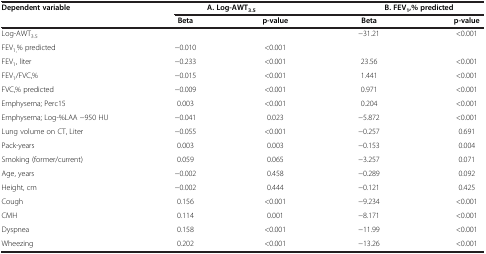
<table><thead><tr><td rowspan="2"><b>Dependent variable</b></td><td colspan="2"><b>A. Log-AWT<sub>3.5</sub></b></td><td colspan="2"><b>B. FEV<sub>1</sub>,% predicted</b></td></tr><tr><td><b>Beta</b></td><td><b>p-value</b></td><td><b>Beta</b></td><td><b>p-value</b></td></tr></thead><tbody><tr><td>Log-AWT<sub>3.5</sub></td><td> </td><td> </td><td>−31.21</td><td>&lt;0.001</td></tr><tr><td>FEV<sub>1,</sub>% predicted</td><td>−0.010</td><td>&lt;0.001</td><td> </td><td> </td></tr><tr><td>FEV<sub>1</sub>, liter</td><td>−0.233</td><td>&lt;0.001</td><td>23.56</td><td>&lt;0.001</td></tr><tr><td>FEV<sub>1</sub>/FVC,%</td><td>−0.015</td><td>&lt;0.001</td><td>1.441</td><td>&lt;0.001</td></tr><tr><td>FVC,% predicted</td><td>−0.009</td><td>&lt;0.001</td><td>0.971</td><td>&lt;0.001</td></tr><tr><td>Emphysema; Perc15</td><td>0.003</td><td>&lt;0.001</td><td>0.204</td><td>&lt;0.001</td></tr><tr><td>Emphysema; Log-%LAA −950 HU</td><td>−0.041</td><td>0.023</td><td>−5.872</td><td>&lt;0.001</td></tr><tr><td>Lung volume on CT, Liter</td><td>−0.055</td><td>&lt;0.001</td><td>−0.257</td><td>0.691</td></tr><tr><td>Pack-years</td><td>0.003</td><td>0.003</td><td>−0.153</td><td>0.004</td></tr><tr><td>Smoking (former/current)</td><td>0.059</td><td>0.065</td><td>−3.257</td><td>0.071</td></tr><tr><td>Age, years</td><td>−0.002</td><td>0.458</td><td>−0.289</td><td>0.092</td></tr><tr><td>Height, cm</td><td>−0.002</td><td>0.444</td><td>−0.121</td><td>0.425</td></tr><tr><td>Cough</td><td>0.156</td><td>&lt;0.001</td><td>−9.234</td><td>&lt;0.001</td></tr><tr><td>CMH</td><td>0.114</td><td>0.001</td><td>−8.171</td><td>&lt;0.001</td></tr><tr><td>Dyspnea</td><td>0.158</td><td>&lt;0.001</td><td>−11.99</td><td>&lt;0.001</td></tr><tr><td>Wheezing</td><td>0.202</td><td>&lt;0.001</td><td>−13.26</td><td>&lt;0.001</td></tr></tbody></table>